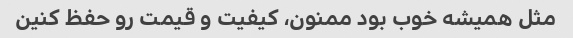
مثل همیشه خوب بود ممنون، کیفیت و قیمت رو حفظ کنین